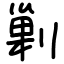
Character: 剿